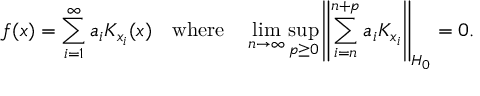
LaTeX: f ( x ) = \sum _ { i = 1 } ^ { \infty } a _ { i } K _ { x _ { i } } ( x ) \quad { \mathrm { w h e r e } } \quad \operatorname* { l i m } _ { n \to \infty } \operatorname* { s u p } _ { p \geq 0 } \left\| \sum _ { i = n } ^ { n + p } a _ { i } K _ { x _ { i } } \right\| _ { H _ { 0 } } = 0 .